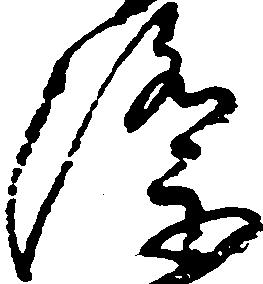
際